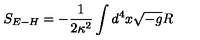
S _ { E - H } = - \frac { 1 } { 2 \kappa ^ { 2 } } \int d ^ { 4 } x \sqrt { - g } R